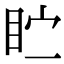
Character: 𪾣